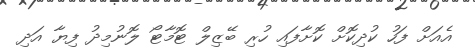
އެއަށް ފަހު ކުދިކޮށް ކޮށާފައި ހުރި ބޭޒިލް ޓޮމާޓޯ ލޮނުމިދު ފިޔާ އަދި